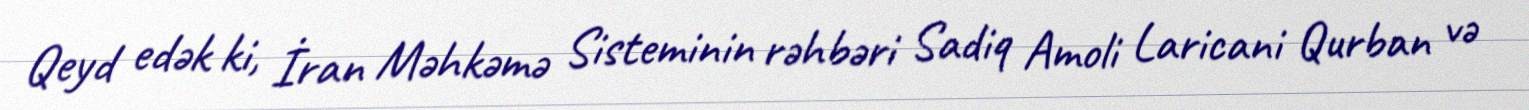
Qeyd edək ki, İran Məhkəmə Sisteminin rəhbəri Sadiq Amoli Laricani Qurban və